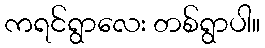
ကရင်ရွာလေး တစ်ရွာပါ။